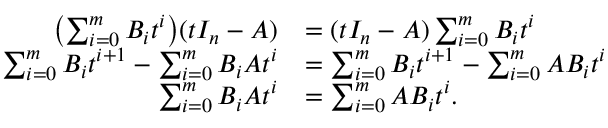
{ \begin{array} { r l } { \left( \sum _ { i = 0 } ^ { m } B _ { i } t ^ { i } \right) \! ( t I _ { n } - A ) } & { = ( t I _ { n } - A ) \sum _ { i = 0 } ^ { m } B _ { i } t ^ { i } } \\ { \sum _ { i = 0 } ^ { m } B _ { i } t ^ { i + 1 } - \sum _ { i = 0 } ^ { m } B _ { i } A t ^ { i } } & { = \sum _ { i = 0 } ^ { m } B _ { i } t ^ { i + 1 } - \sum _ { i = 0 } ^ { m } A B _ { i } t ^ { i } } \\ { \sum _ { i = 0 } ^ { m } B _ { i } A t ^ { i } } & { = \sum _ { i = 0 } ^ { m } A B _ { i } t ^ { i } . } \end{array} }